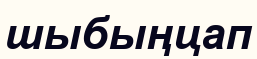
шыбыңцап